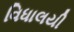
વિધાલયી